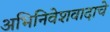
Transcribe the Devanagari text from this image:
अभिनिवेशवादाचे